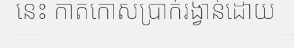
នេះ កាតកោសប្រាក់រង្វាន់ដោយ